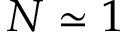
N \simeq 1